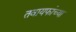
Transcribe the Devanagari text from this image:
तवायफांच्या